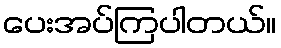
ပေးအပ်ကြပါတယ်။